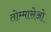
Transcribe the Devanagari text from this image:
तोम्मासेओ